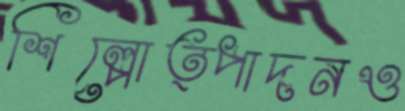
শিল্পোত্পাদনও